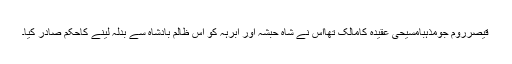
قیصرروم جومذہباََمسیحی عقیدہ کامالک تھااس نے شاہ حبشہ اور ابرہہ کو اس ظالم بادشاہ سے بدلہ لینے کاحکم صادر کیا۔